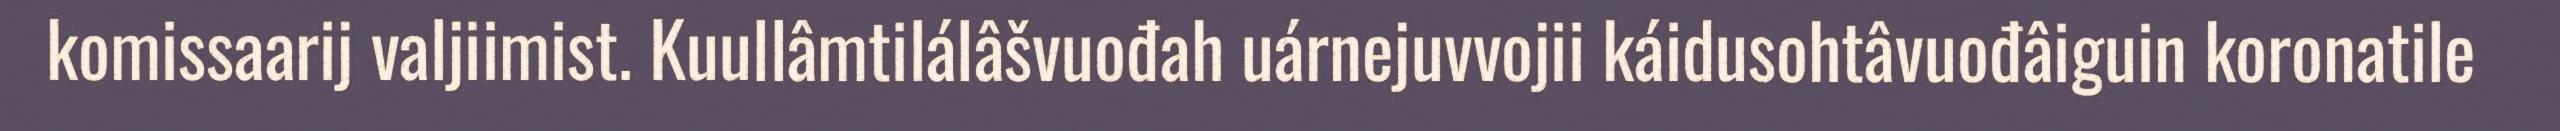
komissaarij valjiimist. Kuullâmtilálâšvuođah uárnejuvvojii káidusohtâvuođâiguin koronatile